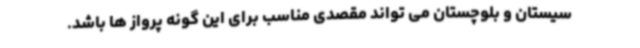
سیستان و بلوچستان می تواند مقصدی مناسب برای این گونه پرواز ها باشد.